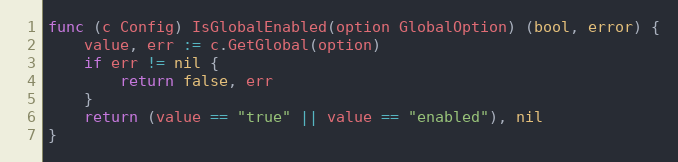
Language: Go
func (c Config) IsGlobalEnabled(option GlobalOption) (bool, error) {
	value, err := c.GetGlobal(option)
	if err != nil {
		return false, err
	}
	return (value == "true" || value == "enabled"), nil
}